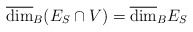
\begin{align*}\overline{\dim}_B(E_S\cap V)=\overline{\dim}_BE_S\end{align*}